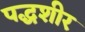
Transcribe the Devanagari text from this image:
पद्धशीर